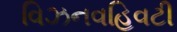
વિઝનવહિવટી